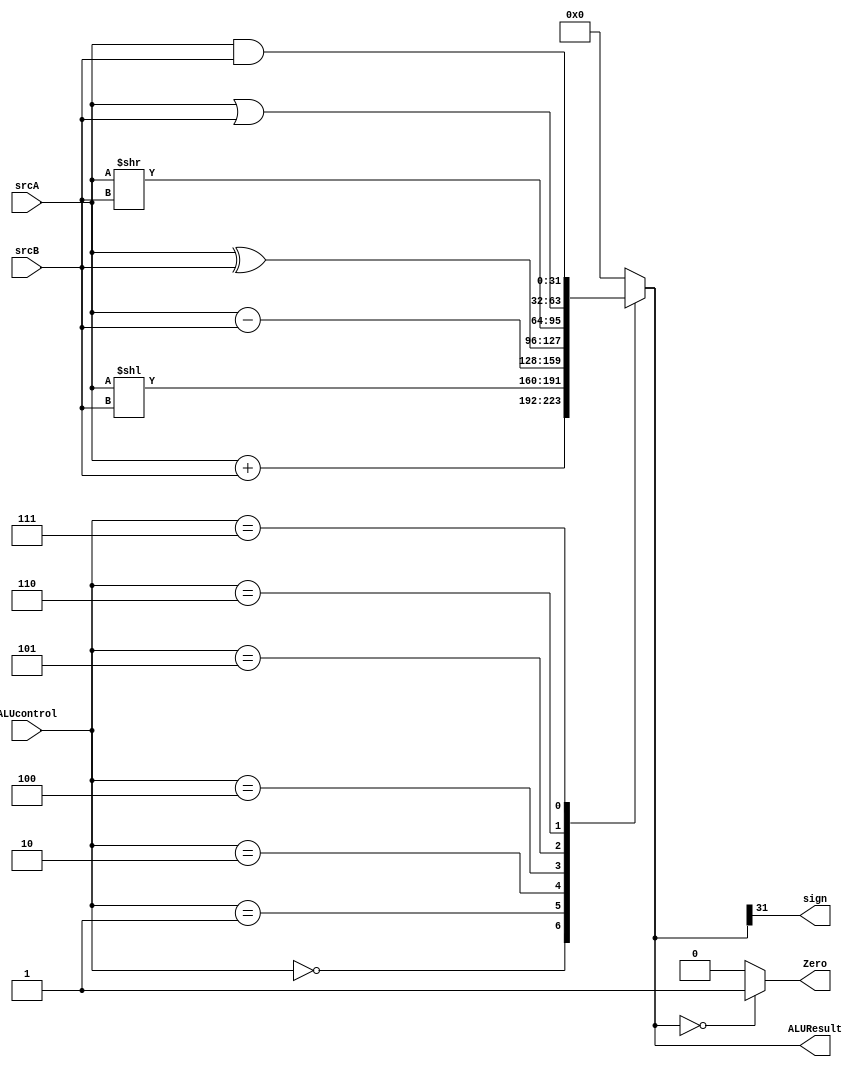
module ALU (
	input [31:0] srcA, srcB,
	input [2:0] ALUcontrol,
	output Zero, sign,
	output [31:0] ALUResult);

reg [31:0] result;

always @ (*) begin
	case (ALUcontrol) 
	3'b000: result = srcA + srcB;
	3'b001: result = srcA << srcB;
	3'b010: result = srcA - srcB;
	3'b100: result = srcA ^ srcB;
	3'b101: result = srcA >> srcB;
	3'b110: result = srcA | srcB;
	3'b111: result = srcA & srcB;
	default: result= 0;
	endcase 

end

assign ALUResult=result;
assign Zero = (result==0)?1:0;
assign sign= result[31];
endmodule